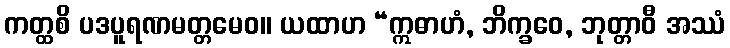
ကတ္ထစိ ပဒပူရဏမတ္တမေဝ။ ယထာဟ “ဣဓာဟံ, ဘိက္ခဝေ, ဘုတ္တာဝီ အဿံ